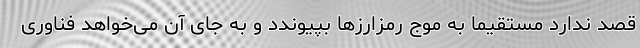
قصد ندارد مستقیما به موج رمزارزها بپیوندد و به جای آن می‌خواهد فناوری